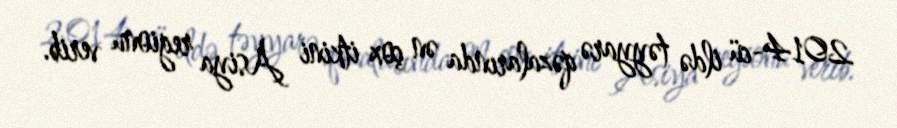
2014-cü ildə təyyarə qəzalarında ən çox itkini Asiya regionu verib.